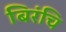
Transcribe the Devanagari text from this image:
बिरंचि